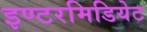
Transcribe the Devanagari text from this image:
इण्टरमिडियेट